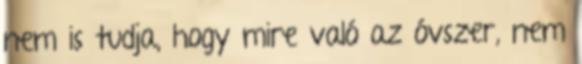
nem is tudja, hogy mire való az óvszer, nem